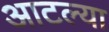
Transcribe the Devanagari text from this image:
आटल्या